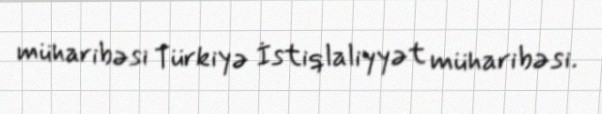
müharibəsi Türkiyə İstiqlaliyyət müharibəsi.